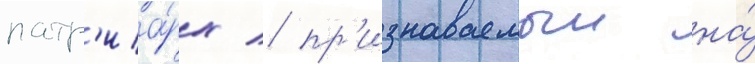
патр'иа́рх / пр'изнаваемыи на́